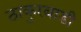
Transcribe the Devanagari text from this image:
ठाकुरबाडी